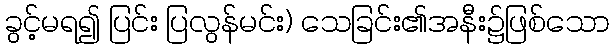
ခွင့်မရ၍ ပြင်း ပြလွန်မင်း) သေခြင်း၏အနီး၌ဖြစ်သော